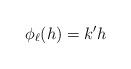
LaTeX: \begin{align*} \phi_\ell(h)=k' h\end{align*}